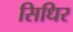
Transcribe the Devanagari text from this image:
सिधिर